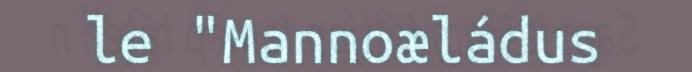
le "Mannoæládus